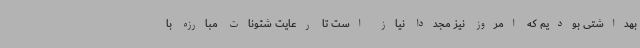
بهداشتی بودیم که امروز نیز مجددا نیاز است تا رعایت شئونات مبارزه با